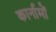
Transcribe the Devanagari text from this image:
कार्नामों